kultuurilooline_kollektsioon, lk 82
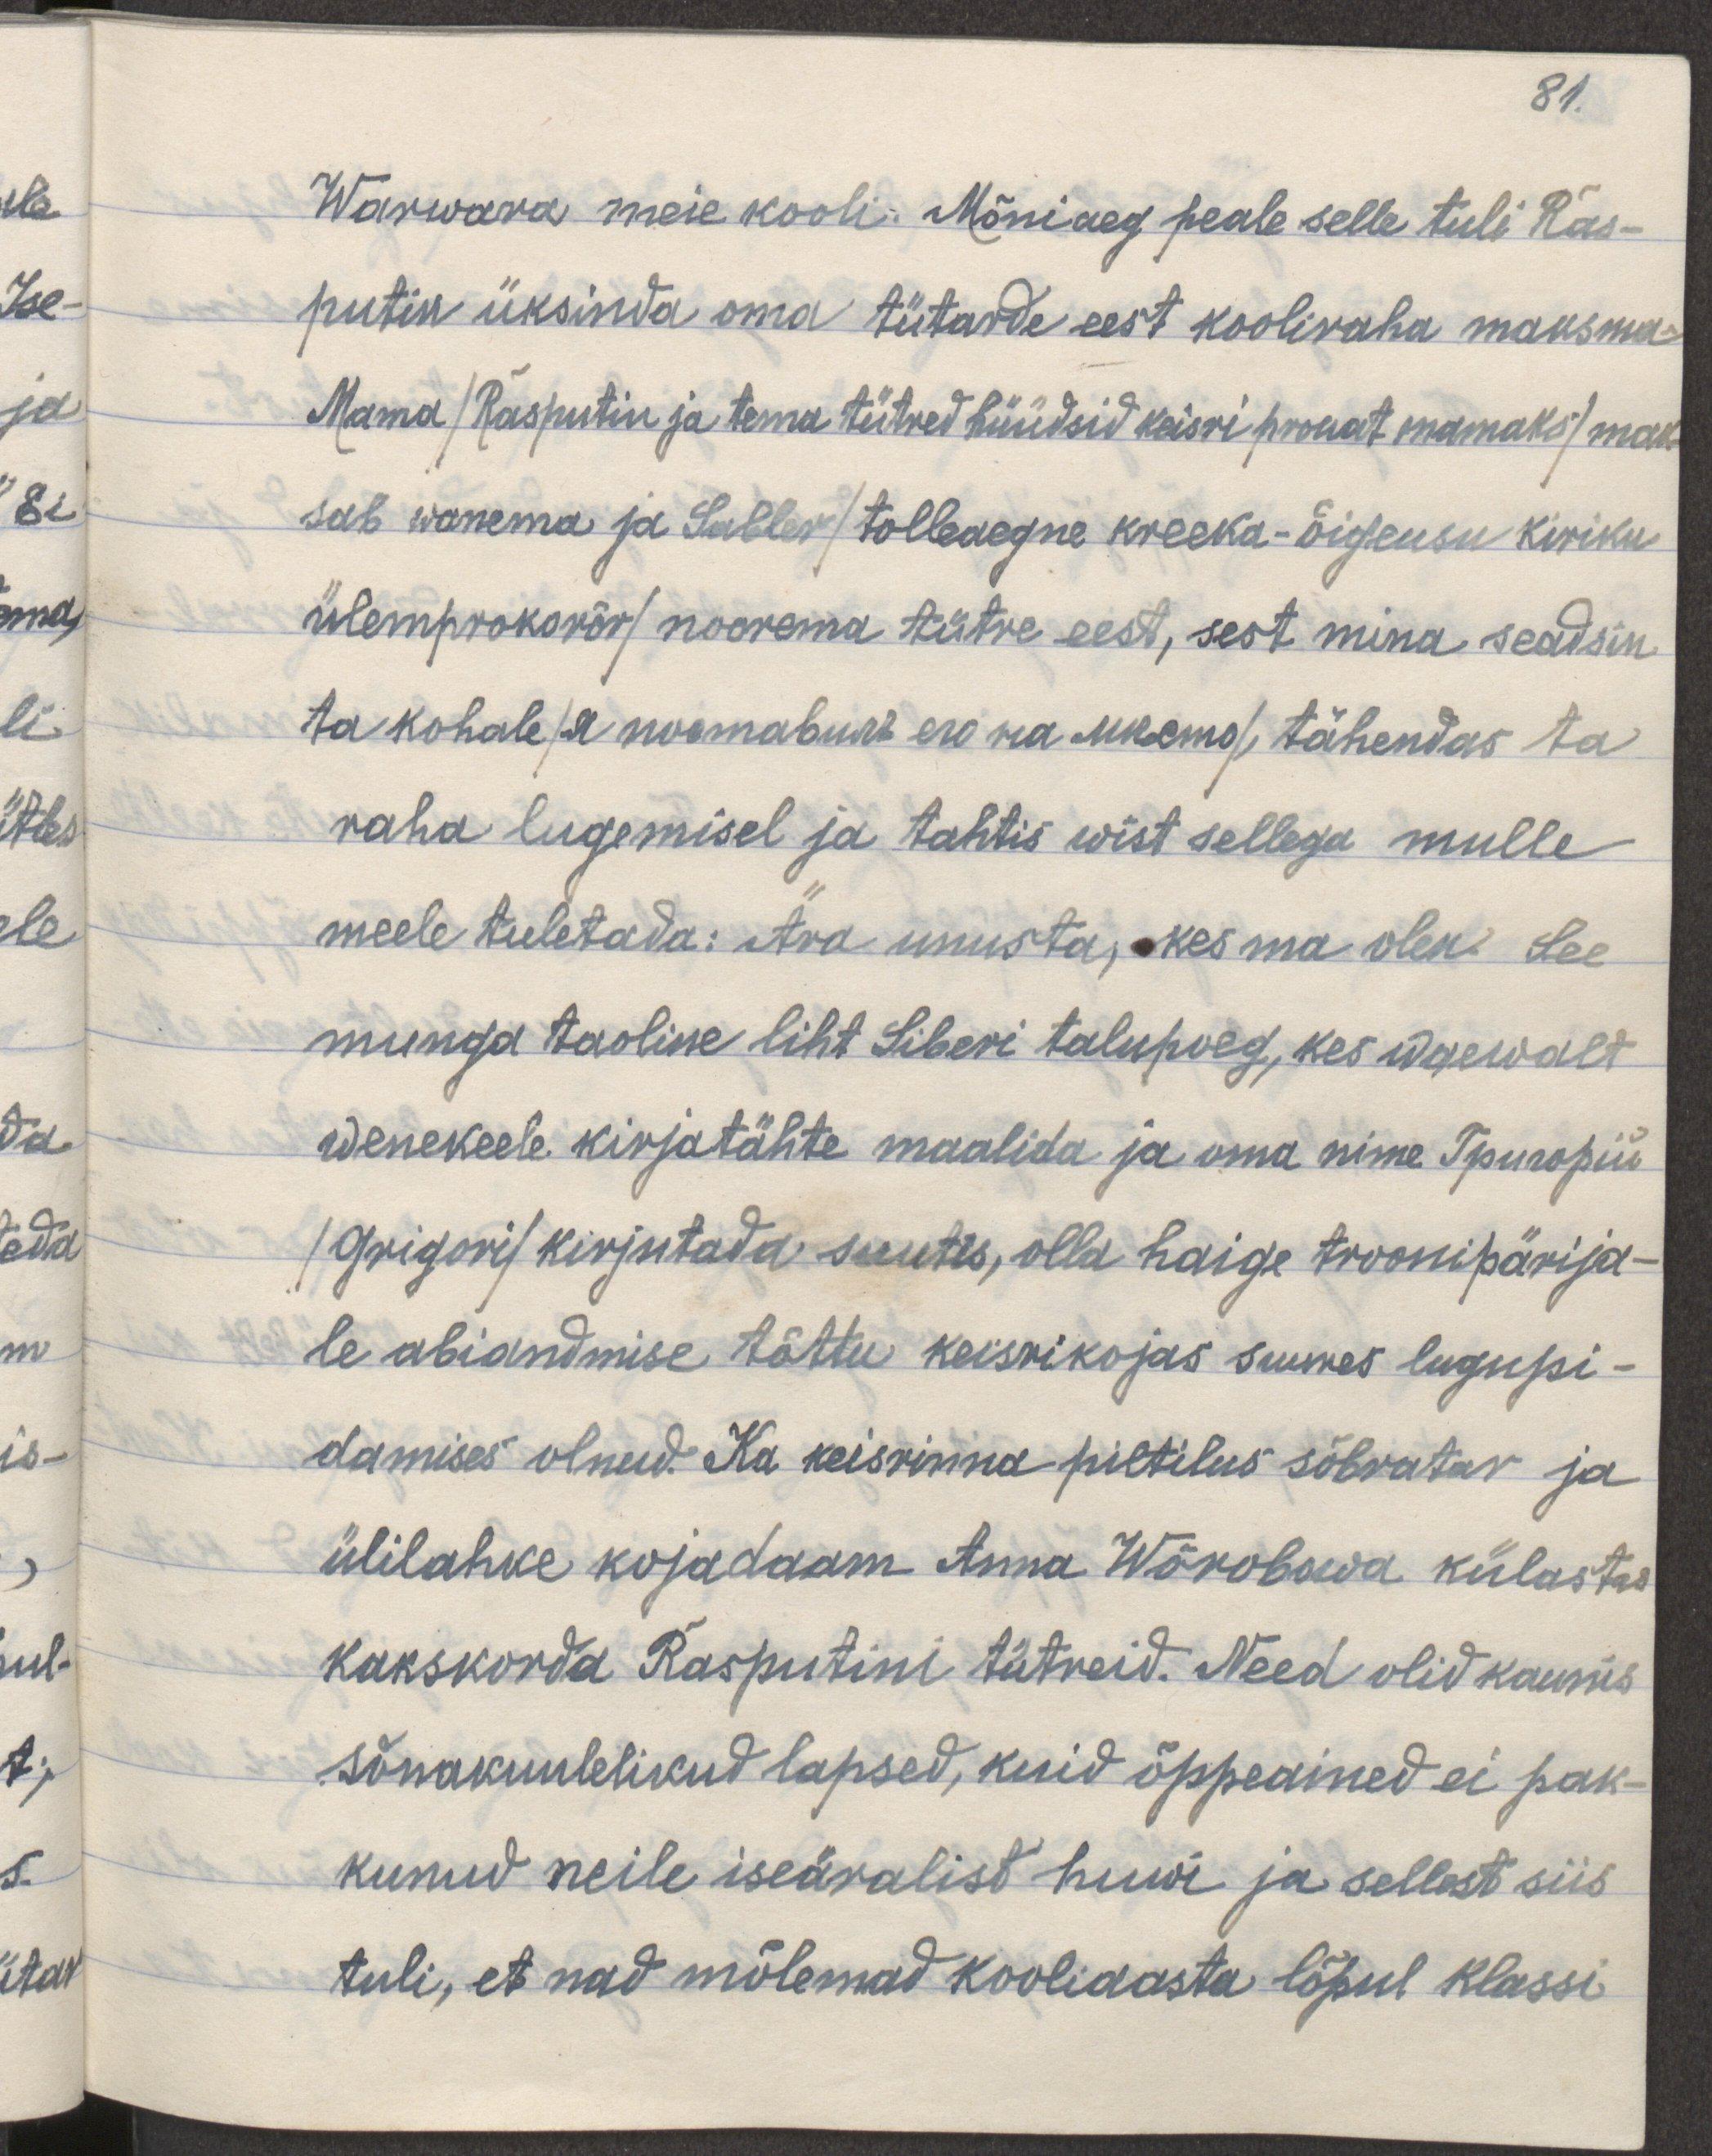
81.
Warwara meie kooli. Mõniaeg peale selle tuli Ras-
putin üksinda oma tütarde eest kooliraha maksma.
Mama /Rasputin ja tema tütred hüüdsid keisri prouat mamaks/ mak-
sab wanema ja Sabler /tolleaegne kreeka-õigeusu kiriku
ülemprokorör/ noorema tütre eest, sest mina seadsin
ta kohale /я поставиль его на место/ tähendas ta
raha lugemisel ja tahtis wist sellega mulle
meele tuletada: Ära unusta, kes ma olen. See
munga taoline liht Siberi talupoeg, kes waewalt
wenekeele kirjatähte maalida ja oma nime Григорий
/Grigori/ kirjutada suutis, olla haige troonipärija-
le abiandmise tõttu keisrikojas suures lugupi-
damises olnud. Ka keisrinna piltilus sõbratar ja
ülilahke kojadaam Anna Wörobowa külastas
kakskorda Rasputini tütreid. Need olid kaunis
sõnakuulelikud lapsed, kuid õppeained ei pak-
kunud neile iseäralist huwi ja sellest siis
tuli, et nad mõlemad kooliaasta lõpul klassi